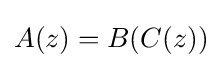
A(z)=B(C(z))